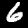
Digit: 6